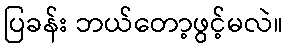
ပြခန်း ဘယ်တော့ဖွင့်မလဲ။